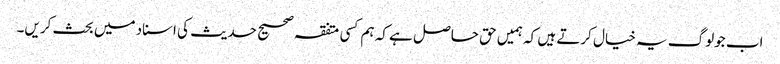
اب جولوگ یہ خیال کرتے ہیں کہ ہمیں حق حاصل ہے کہ ہم کسی متفقہ صحیح حدیث کی اسناد میں بحث کریں۔